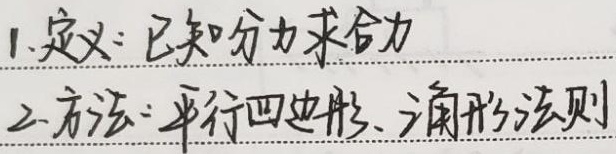
1. 定义：已知分力求合力
2. 方法：平行四边形、三角形法则